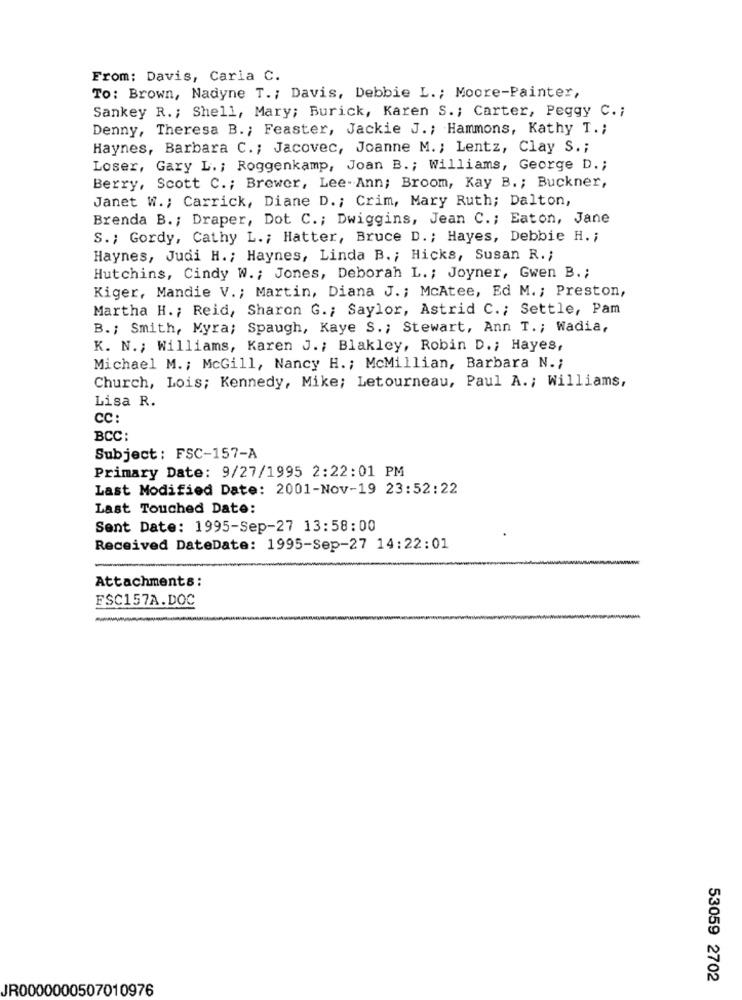
From: Davis, Carla C.
To: Brown, Nadyne T .; Davis, Debbie L .; Moore-Painter,
Sankey R. ; Shell, Mary; Burick, Karen S .; Carter, Peggy C .;
Denny, Theresa B .; Feaster, Jackie J .; Hammons, Kathy T .;
Haynes, Barbara C .; Jacovec, Joanne M. ; Lentz, Clay S .;
Loser, Gary L .; Roggenkamp, Joan B .; Williams, George D .;
Berry, Scott C .; Brewer, Lee- Ann; Broom, Kay B .; Buckner,
Janet W .; Carrick, Diane D .; Crim, Mary Ruth; Dalton,
Brenda B .; Draper, Dot C .; Dwiggins, Jean C .; Eaton, Jane
S .; Gordy, Cathy L .; Hatter, Bruce D .; Hayes, Debbie H. ;
Haynes, Judi H .; Haynes, Linda B .; Hicks, Susan R .;
Hutchins, Cindy W .; Jones, Deborah L. ; Joyner, Gwen B .;
Kiger, Mandie V .; Martin, Diana J .; McAtee, Ed M. ; Preston,
Martha H .; Reid, Sharon G .; Saylor, Astrid C .; Settle, Pam
B .; Smith, Myra; Spaugh, Kaye S .; Stewart, Ann T. ; Wadia,
K. N .; Williams, Karen J .; Blakley, Robin D .; Hayes,
Michael M .; McGill, Nancy H. ; McMillian, Barbara N .;
Church, Lois; Kennedy, Mike; Letourneau, Paul A .; Williams,
Lisa R.
CC
BCC:
Subject : FSC-157-A
Primary Date: 9/27/1995 2:22:01 PM
Last Modified Date: 2001-Nov-19 23:52:22
Last Touched Date:
Sent Date: 1995-Sep-27 13:58:00
Received DateDate: 1995-Sep-27 14:22:01
Attachments:
FSC157A.DOC
53059 2702
JR0000000507010976